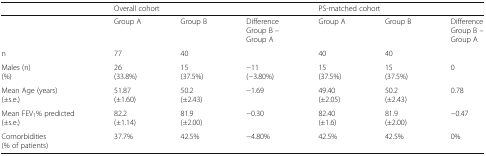
<table><thead><tr><td></td><td colspan="3"><b>Overall cohort</b></td><td colspan="3"><b>PS-matched cohort</b></td></tr></thead><tbody><tr><td></td><td>Group A</td><td>Group B</td><td>DifferenceGroup B – Group A</td><td>Group A</td><td>Group B</td><td>DifferenceGroup B – Group A</td></tr><tr><td>n</td><td>77</td><td>40</td><td></td><td>40</td><td>40</td><td></td></tr><tr><td>Males (n)(%)</td><td>26(33.8%)</td><td>15(37.5%)</td><td>−11(−3.80%)</td><td>15(37.5%)</td><td>15(37.5%)</td><td>0</td></tr><tr><td>Mean Age (years)(±s.e.)</td><td>51.87(±1.60)</td><td>50.2(±2.43)</td><td>−1.69</td><td>49.40(±2.05)</td><td>50.2(±2.43)</td><td>0.78</td></tr><tr><td>Mean FEV<sub>1</sub>% predicted(±s.e.)</td><td>82.2(±1.14)</td><td>81.9(±2.00)</td><td>−0.30</td><td>82.40(±1.6)</td><td>81.9(±2.00)</td><td>−0.47</td></tr><tr><td>Comorbidities(% of patients)</td><td>37.7%</td><td>42.5%</td><td>−4.80%</td><td>42.5%</td><td>42.5%</td><td>0%</td></tr></tbody></table>